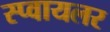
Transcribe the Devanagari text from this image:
स्प्वायलर